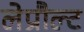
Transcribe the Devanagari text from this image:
लेप्रौल्ट